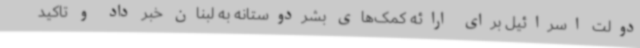
دولت اسرائیل برای ارائه کمک‌های بشردوستانه به لبنان خبر داد و تاکید